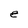
Character: e